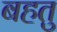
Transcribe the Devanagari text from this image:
बहतु